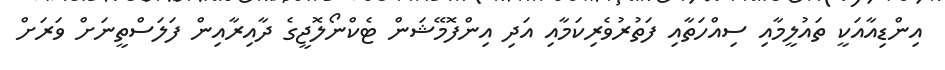
އިންޑިއާއަކީ ތައުލީމާއި ސިއްހަތާއި ފަތުރުވެރިކަމާއި އަދި އިންފޮމޭޝަން ޓެކްނޯލޮޖީގެ ދާއިރާއިން ފަލަސްތީނަށް ވަރަށް